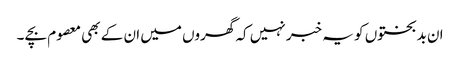
ان بدبختوں کو یہ خبر نہیں کہ گھروں میں ان کے بھی معصوم بچے ۔